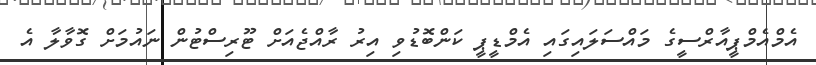
އެމްއެމްޕީއާރްސީގެ މައްސަލައިގައި އެމްޑީޕީ ކަންބޮޑުވި އިރު ރާއްޖެއަށް ޓޫރިސްޓުން ނައުމަށް ގޮވާލާ އެ